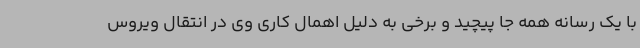
با یک رسانه همه جا پیچید و برخی به دلیل اهمال کاری وی در انتقال ویروس